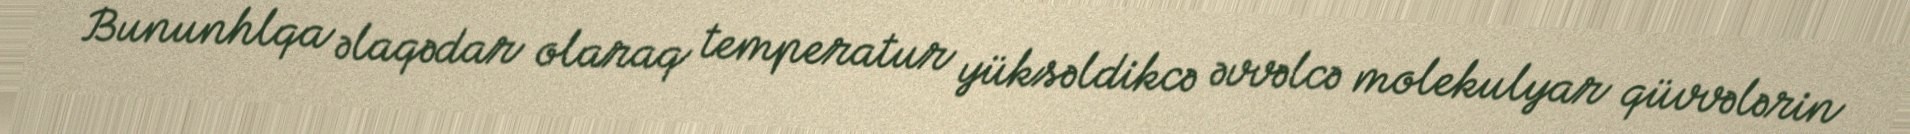
Bununhlqa əlaqədar olaraq temperatur yüksəldikcə əvvəlcə molekulyar qüvvələrin